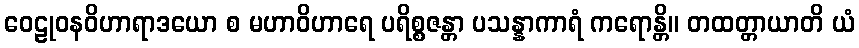
ဝေဠုဝနဝိဟာရာဒယော စ မဟာဝိဟာရေ ပရိစ္စဇန္တာ ပသန္နာကာရံ ကရောန္တိ။ တထတ္တာယာတိ ယံ